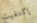
إكتفيت